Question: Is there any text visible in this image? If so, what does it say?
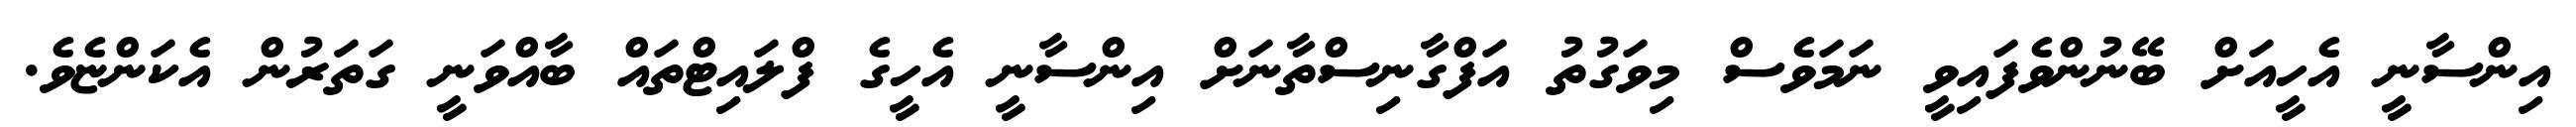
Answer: އިންސާނީ އެހީއަށް ބޭނުންވެފައިވީ ނަމަވެސް މިވަގުތު އަފްގާނިސްތާނަށް އިންސާނީ އެހީގެ ފްލައިޓްތައް ބާއްވަނީ ގަތަރުން އެކަންޏެވެ.